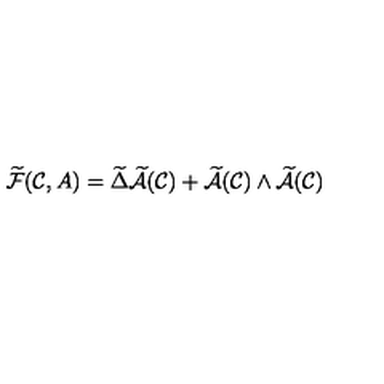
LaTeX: \widetilde { \cal F } ( { \cal { C } } , A ) = \widetilde { \Delta } \widetilde { \cal A } ( { \cal C } ) + \widetilde { \cal A } ( { \cal C } ) \wedge \widetilde { \cal A } ( { \cal C } )